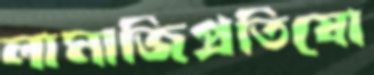
লামাজিপ্রতিযো